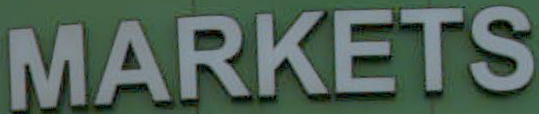
MARKETS